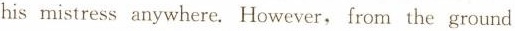
his mistress anywhere. However, from the ground